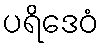
ပရိဒေဝံ